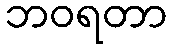
ဘဝရတာ